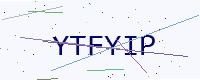
Text: YTFYIP